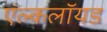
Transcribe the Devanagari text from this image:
एंल्कलॉयड